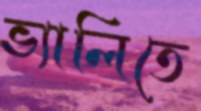
ভ্যালিতে